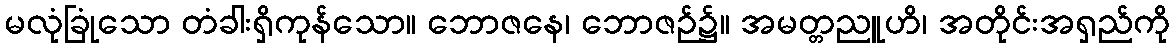
မလုံခြုံသော တံခါးရှိကုန်သော။ ဘောဇနေ၊ ဘောဇဉ်၌။ အမတ္တညူဟိ၊ အတိုင်းအရှည်ကို